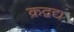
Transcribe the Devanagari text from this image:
क्रद्वद्य